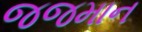
જજમાન